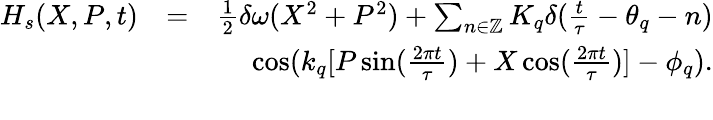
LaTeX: \begin{array}{rlr}{H_{s}(X,P,t)}&{=}&{\frac{1}{2}\delta\omega(X^{2}+P^{2})+\sum_{n\in\mathbb{Z}}K_{q}\delta(\frac{t}{\tau}-\theta_{q}-n)}\\ &{}&{\cos(k_{q}[P\sin(\frac{2\pi t}{\tau})+X\cos(\frac{2\pi t}{\tau})]-\phi_{q}).}\\ &{}&\end{array}